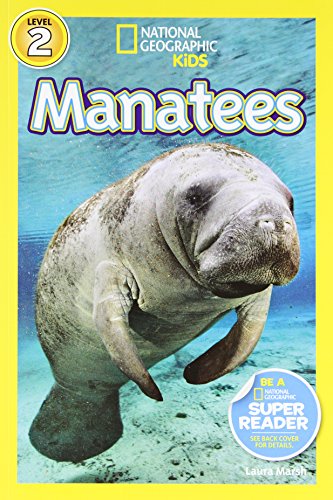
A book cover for National Geographic Readers: Manatees; Laura Marsh; Children's Books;